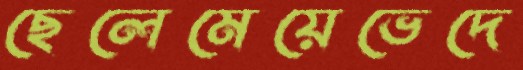
ছেলেমেয়েভেদে